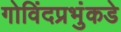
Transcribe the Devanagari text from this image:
गोविंदप्रभुंकडे